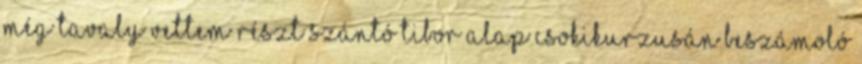
Még tavaly vettem részt Szántó Tibor alap csokikurzusán beszámoló